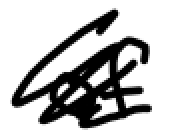
Text: of
Cross-out: scratch
Writing tool: digital_black